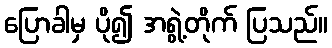
ပြောခါမှ ပို၍ အရွဲ့တိုက် ပြသည်။